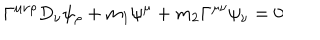
LaTeX: \Gamma ^ { \mu \nu \rho } D _ { \nu } \psi _ { \rho } + m _ { 1 } \psi ^ { \mu } + m _ { 2 } \Gamma ^ { \mu \nu } \psi _ { \nu } = 0